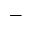
-